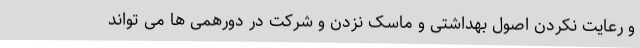
و رعایت نکردن اصول بهداشتی و ماسک نزدن و شرکت در دورهمی ها می تواند